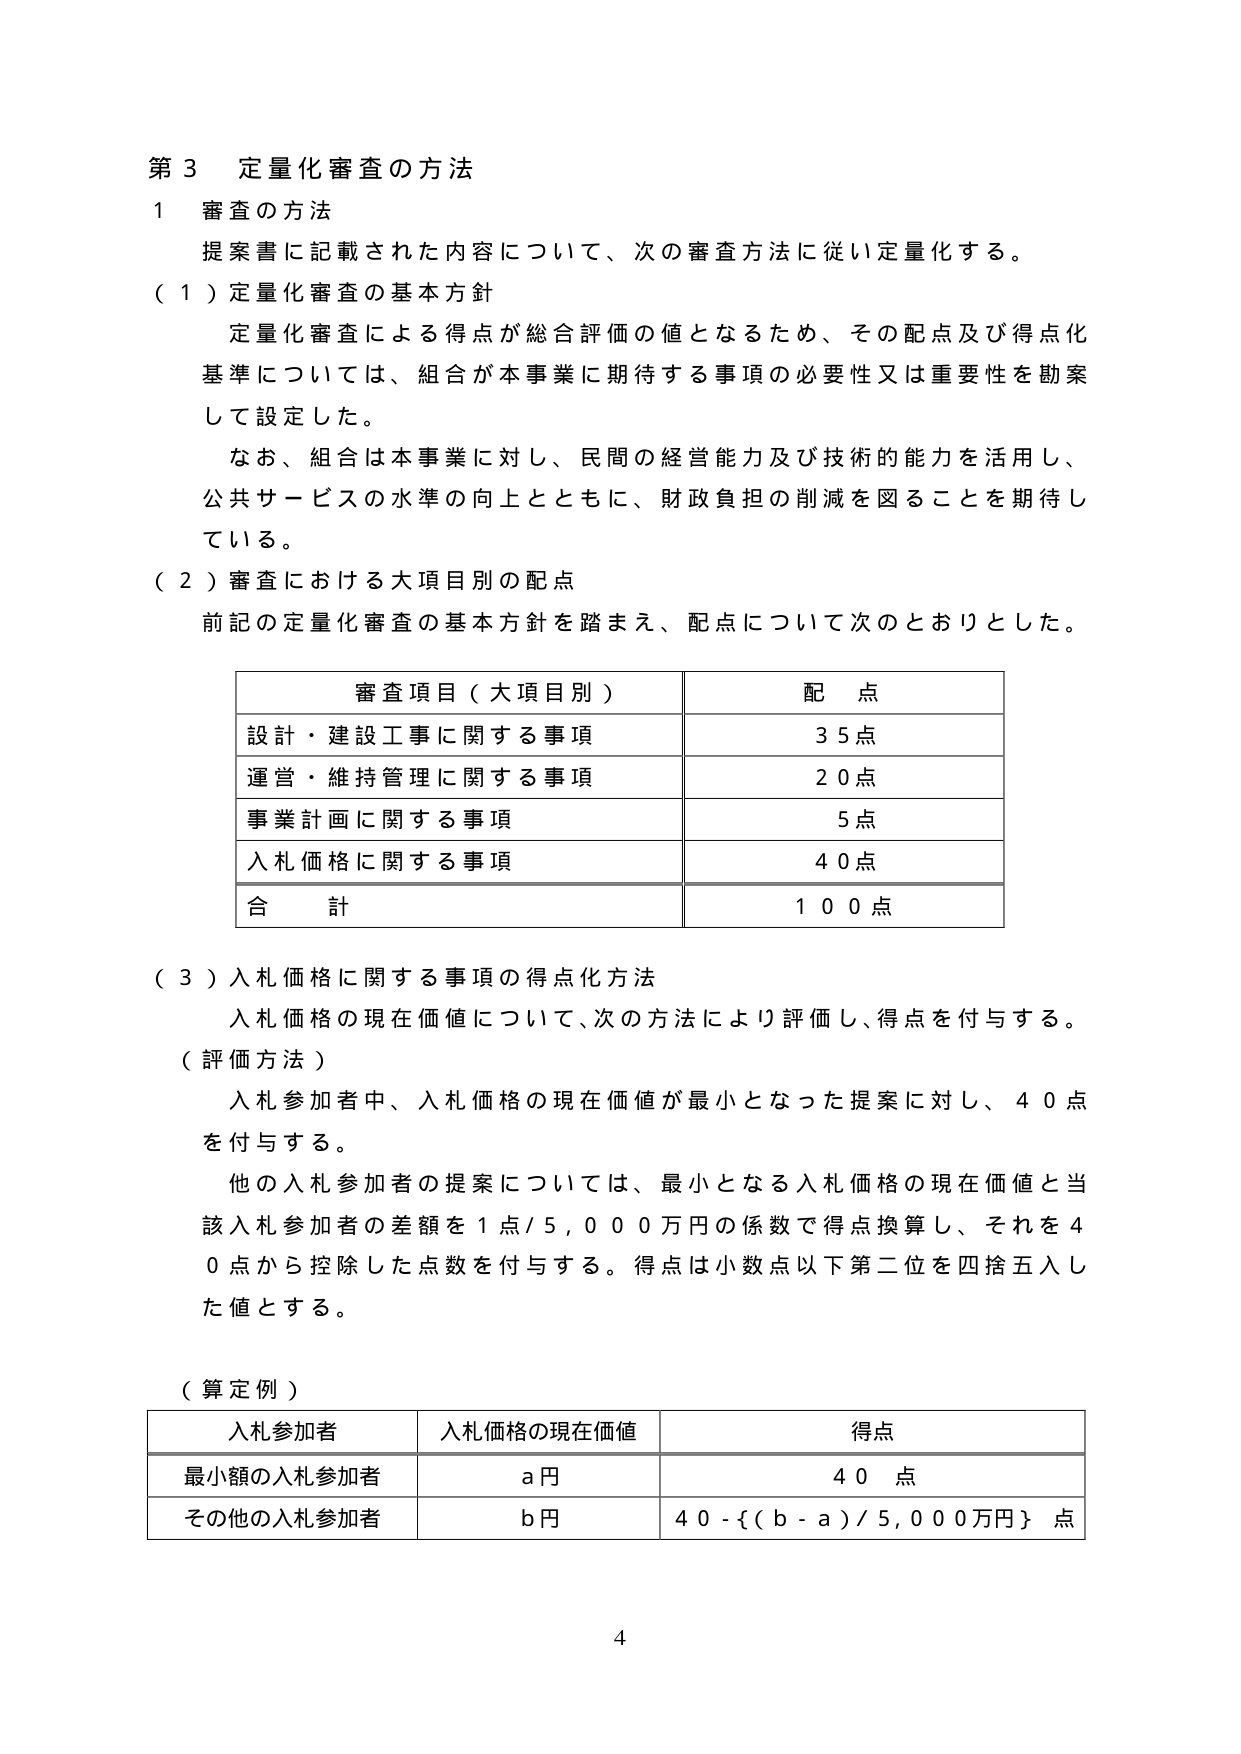
第３ 定量化審査の方法
１ 審査の方法
提案書に記載された内容について、次の審査方法に従い定量化する。
（１）定量化審査の基本方針
　定量化審査による得点が総合評価の値となるため、その配点及び得点化基準については、組合が本事業に期待する事項の必要性又は重要性を勘案して設定した。
　なお、組合は本事業に対し、民間の経営能力及び技術的能力を活用し、公共サービスの水準の向上とともに、財政負担の削減を図ることを期待している。
（２）審査における大項目別の配点
　前記の定量化審査の基本方針を踏まえ、配点について次のとおりとした。

| 審査項目（大項目別） | 配点 |
|----------------------|------|
| 設計・建設工事に関する事項 | 35点 |
| 運営・維持管理に関する事項 | 20点 |
| 事業計画に関する事項 | 5点 |
| 入札価格に関する事項 | 40点 |
| 合計 | 100点 |

（３）入札価格に関する事項の得点化方法
　入札価格の現在価値について、次の方法により評価し、得点を付与する。
（評価方法）
　入札参加者中、入札価格の現在価値が最小となった提案に対し、40点を付与する。
　他の入札参加者の提案については、最小となる入札価格の現在価値と当該入札参加者の差額を1点/5,000万円の係数で得点換算し、それを40点から控除した点数を付与する。得点は小数点以下第二位を四捨五入した値とする。
（算定例）

| 入札参加者 | 入札価格の現在価値 | 得点 |
|------------|------------------|------|
| 最小額の入札参加者 | a円 | 40点 |
| その他の入札参加者 | b円 | 40 - {(b - a)/5,000万円}点 |

4